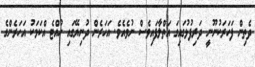
ދެތިން ފަހަރަކުނޫނީ ދަރިފުޅުގައިގަ އަތްލާފައިވެސް ނުވެއެވެ. އަހަރެން ދުނިޔޭގައި ހުއްޓެ އްކަމަކު އަހަރެންގެ